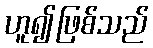
ဟူ၍ဖြစ်သည်